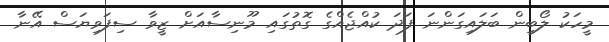
މީހަކު ލޯބިން ބަލައިގަންނަ ފަދަ ކުއްޖެއްގެ ގޮތުގައި މޫނިސާއަށް ޒީވާ ސިފަވިޔަސް އޭނާ